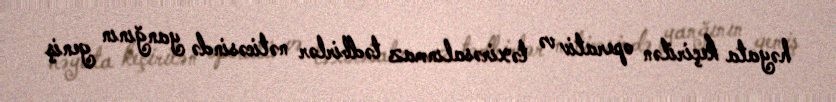
həyata keçirilən operativ və təxirəsalınmaz tədbirlər nəticəsində yanğının geniş